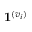
\mathbf { 1 } ^ { ( v _ { i } ) }